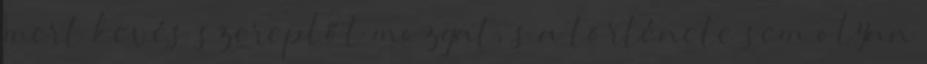
mert kevés szereplőt mozgat, s a története sem olyan